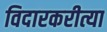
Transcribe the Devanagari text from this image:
विदारकरीत्या